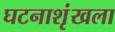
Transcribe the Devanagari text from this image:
घटनाशृंखला